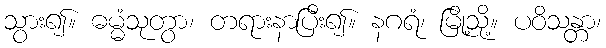
သွား၍။ ဓမ္မံသုတွာ၊ တရားနာပြီး၍။ နဂရံ၊ မြို့သို့။ ပဝိသန္တာ၊